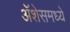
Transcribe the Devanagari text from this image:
ॲशेसमध्ये